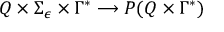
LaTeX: Q \times \Sigma _ { \epsilon } \times \Gamma ^ { * } \longrightarrow P ( Q \times \Gamma ^ { * } )